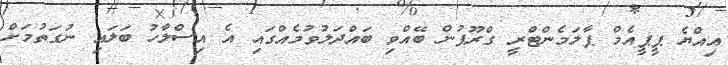
އިއްޔެ ޕީޕީއެމް ޕާލަމެންޓްރީ ގްރޫޕުން ބޭއްވި ބައްދަލުވުމެއްގައި އެ އިސްލާހު ބަލައި ނުގަތުމަށް